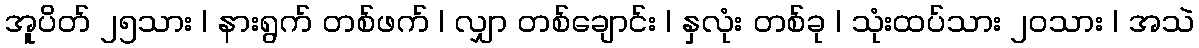
အူပိတ် ၂၅သား | နားရွက် တစ်ဖက် | လျှာ တစ်ချောင်း | နှလုံး တစ်ခု | သုံးထပ်သား ၂၀သား | အသဲ